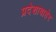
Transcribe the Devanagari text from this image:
प्रदेशाबाहेर